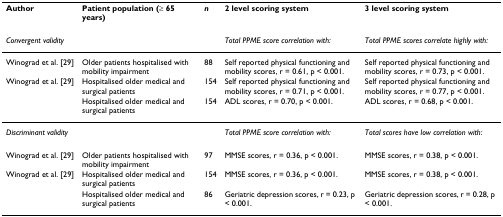
| Author | Patient population (≥ 65 years) | n | 2 level scoring system | 3 level scoring system |
 | --- | --- | --- | --- | --- |
 | Convergent validity |  |  | Total PPME score correlation with: | Total PPME scores correlate highly with: |
 | Winograd et al. [29] | Older patients hospitalised with mobility impairment | 88 | Self reported physical functioning and mobility scores, r = 0.61, p < 0.001. | Self reported physical functioning and mobility scores, r = 0.73, p < 0.001. |
 | Winograd et al. [29] | Hospitalised older medical and surgical patients | 154 | Self reported physical functioning and mobility scores, r = 0.71, p < 0.001. | Self reported physical functioning and mobility scores, r = 0.77, p < 0.001. |
 |  | Hospitalised older medical and surgical patients | 154 | ADL scores, r = 0.70, p < 0.001. | ADL scores, r = 0.68, p < 0.001. |
 | Discriminant validity |  |  | Total PPME score correlation with: | Total scores have low correlation with: |
 | Winograd et al. [29] | Older patients hospitalised with mobility impairment | 97 | MMSE scores, r = 0.36, p < 0.001. | MMSE scores, r = 0.38, p < 0.001. |
 | Winograd et al. [29] | Hospitalised older medical and surgical patients | 154 | MMSE scores, r = 0.36, p < 0.001. | MMSE scores, r = 0.38, p < 0.001. |
 |  | Hospitalised older medical and surgical patients | 86 | Geriatric depression scores, r = 0.23, p < 0.001. | Geriatric depression scores, r = 0.28, p < 0.001. |